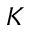
K